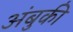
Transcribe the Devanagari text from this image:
अंबुकी